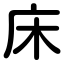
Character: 床